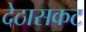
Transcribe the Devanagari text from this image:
देठासकट